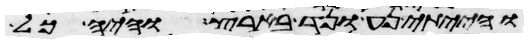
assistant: והייתי נע ונד בארץ והיה כל